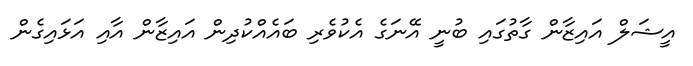
އީޝަލް އައިޒާން ގާތުގައި ބުނީ އޭނަގެ އެކުވެރި ބައެއްކުދިން އައިޒާން އާއި އަޅައިގެން